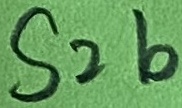
Text: S2b